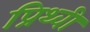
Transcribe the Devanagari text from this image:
प्रिथ्वी